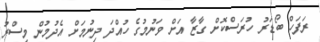
ރަފަހް ބޯޑަރު ހުރަސްކޮށް ގާޒާ އަށް ވަނުމުގެ ހުއްދަ ދިނުމަށް އެދުމުން މިސްރު